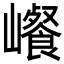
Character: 𰏀